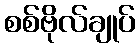
စစ်ဗိုလ်ချုပ်